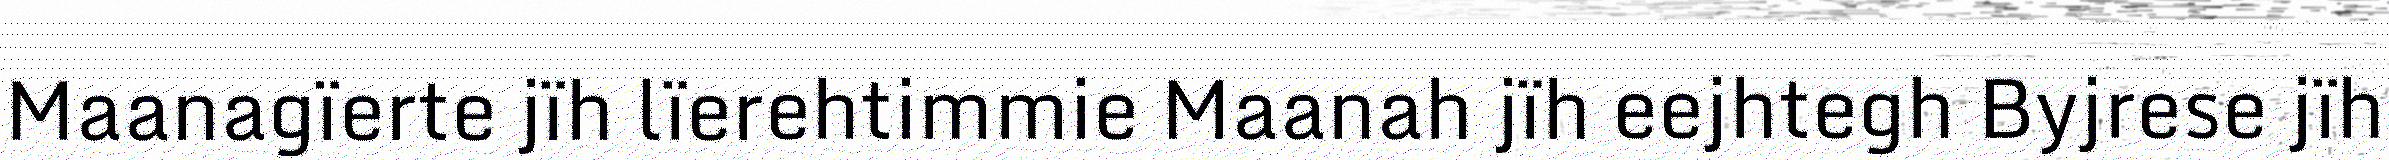
Maanagïerte jïh lïerehtimmie Maanah jïh eejhtegh Byjrese jïh